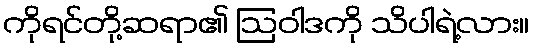
ကိုရင်တို့ဆရာ၏ ဩဝါဒကို သိပါရဲ့လား။